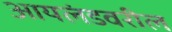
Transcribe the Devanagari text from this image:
आयलंडवरील